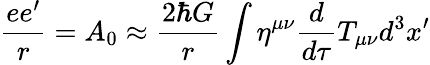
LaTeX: \frac{ee^{\prime}}{r}=A_{0}\approx\frac{2\hbar G}{r}\int\eta^{\mu\nu}\frac{d}{d\tau}T_{\mu\nu}d^{3}x^{\prime}